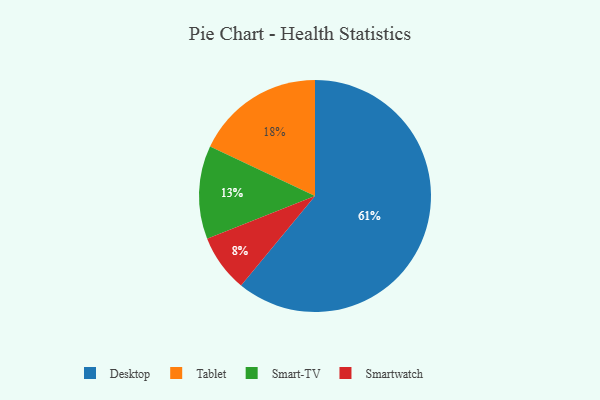
{"axis": {"x": "Category", "y": "Percentage"}, "legend": ["Desktop", "Smart-TV", "Smartwatch", "Tablet"], "data": [{"x": "Desktop", "y": 61, "type": "Desktop"}, {"x": "Tablet", "y": 18, "type": "Tablet"}, {"x": "Smartwatch", "y": 8, "type": "Smartwatch"}, {"x": "Smart-TV", "y": 13, "type": "Smart-TV"}]}